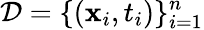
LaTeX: \mathbf{\mathcal{D}}=\{ (\mathbf{x}_{i},t_{i})\} _{i=1}^{n}